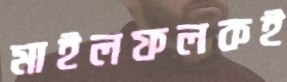
মাইলফলকই